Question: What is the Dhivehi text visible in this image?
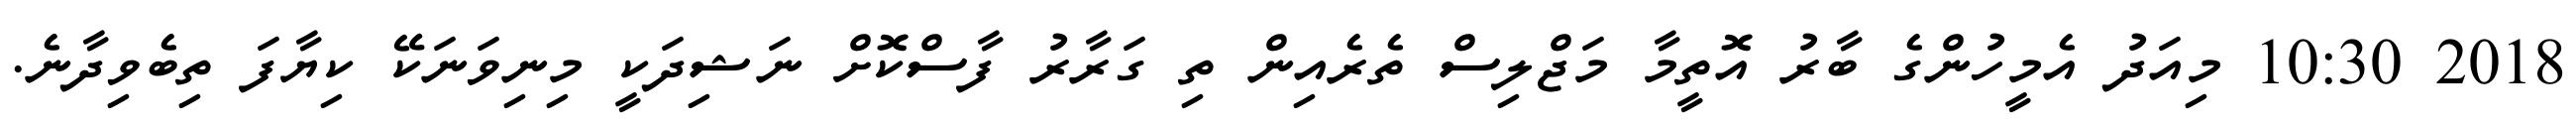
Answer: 2018 10:30 މިއަދު އެމީހުންގެ ބާރު އޮތީމާ މަޖްލިސް ތެރެއިން ތި ގަރާރު ފާސްކޮށް ނަޝިދަކީ މިނިވަނަކޭ ކިޔާފަ ތިބެވިދާނެ.